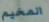
المخيم